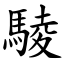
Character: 䮚